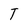
Character: T